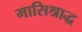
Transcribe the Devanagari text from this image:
मासिश्राद्ध